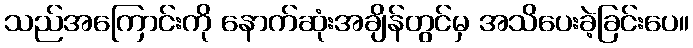
သည်အကြောင်းကို နောက်ဆုံးအချိန်တွင်မှ အသိပေးခဲ့ခြင်းပေ။